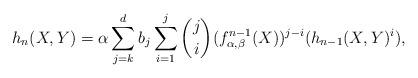
LaTeX: \begin{align*} h_n(X,Y)=\alpha\sum_{j=k}^d b_j\sum_{i=1}^j{j\choose i} (f_{\alpha,\beta}^{n-1}(X))^{j-i} (h_{n-1}(X, Y)^i), \end{align*}